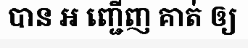
បាន ឣ ញ្ជើញ គាត់ ឲ្យ